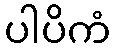
ပါပိကံ